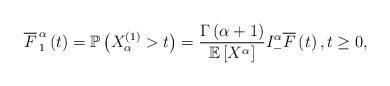
LaTeX: \begin{align*}\overline{F}_{\,1}^{\,\alpha}\left ( t \right )= \mathbb{P}\left ( X_{\alpha }^{\left ( 1 \right )}>t \right )= \frac{\Gamma \left ( \alpha +1 \right )}{\mathbb{E}\left [ X^{\alpha } \right ]}I_{-}^{\alpha}\overline{F}\left ( t \right ),t\geq 0,\end{align*}